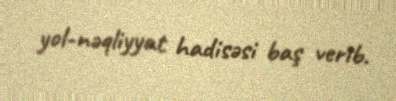
yol-nəqliyyat hadisəsi baş verib.